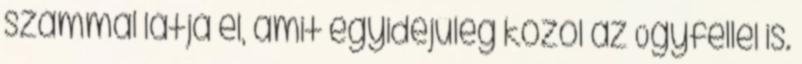
számmal látja el, amit egyidejűleg közöl az Ügyféllel is.